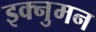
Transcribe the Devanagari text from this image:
इक्नुमन